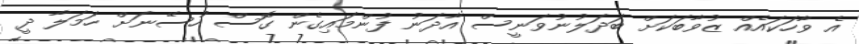
އެ ވާހަކައެއް ޒުވާބަކަށް ބަދަލުނުވަނީސް އާދަނު ފުންމައިގެން ގޮސް ހުސޭނަށް ހަމަލާ ދީ